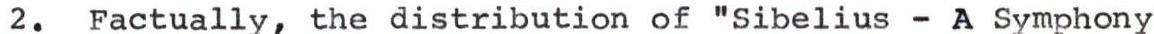
2. Factually, the distribution of "Sibelius - A Symphony